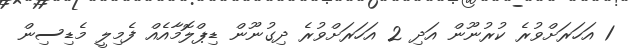
1 އަހަރަށްވުރެ ކުރުނޫން އަދި 2 އަހަރަށްވުރެ ދިގުނޫން ޑިޕްލޮމާއެއް ފެމިލީ މެޑިސިން